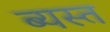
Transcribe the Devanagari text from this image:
ब्यस्त